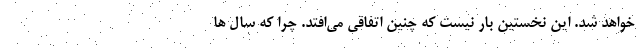
خواهد شد. این نخستین بار نیست که چنین اتفاقی می‌افتد. چرا که سال ها